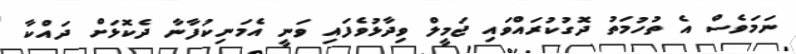
ނަމަވެސް އެ ތުހުމަތު ދޮގުކުރައްވައި ޖަމީލް ވިދާޅުވެފައި ވަނީ އެމަނިކުފާނާ ދެކޮޅަށް ދައްކާ